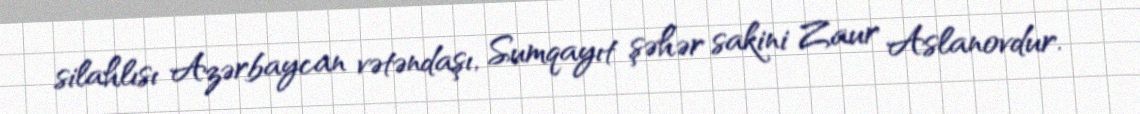
silahlısı Azərbaycan vətəndaşı, Sumqayıt şəhər sakini Zaur Aslanovdur.